画像に写った文字を読んでください
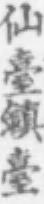
「仙臺鎮臺」と書いてあります